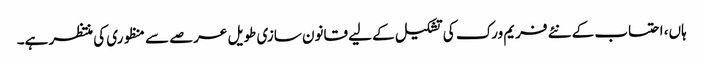
ہاں، احتساب کے نئے فریم ورک کی تشکیل کے لیے قانون سازی طویل عرصے سے منظوری کی منتظر ہے۔